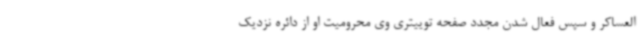
العساکر و سپس فعال شدن مجدد صفحه توییتری وی محرومیت او از دائره نزدیک